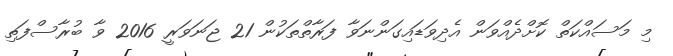
މި މަސައްކަތް ކޮށްދެއްވަން އެދިވަޑައިގަންނަވާ ފަރާތްތަކުން 21 ޖަނަވަރީ 2016 ވާ ބުރާސްފަތި